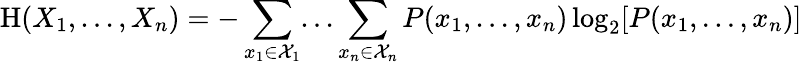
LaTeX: \mathrm{H}(X_{1},...,X_{n})=-\sum_{x_{1}\in{\mathcal{X}}_{1}}...\sum_{x_{n}\in{\mathcal{X}}_{n}}P(x_{1},...,x_{n})\log_{2}[P(x_{1},...,x_{n})]